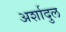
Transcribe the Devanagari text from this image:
अर्शादुल